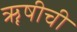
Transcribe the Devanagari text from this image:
ॠषीची